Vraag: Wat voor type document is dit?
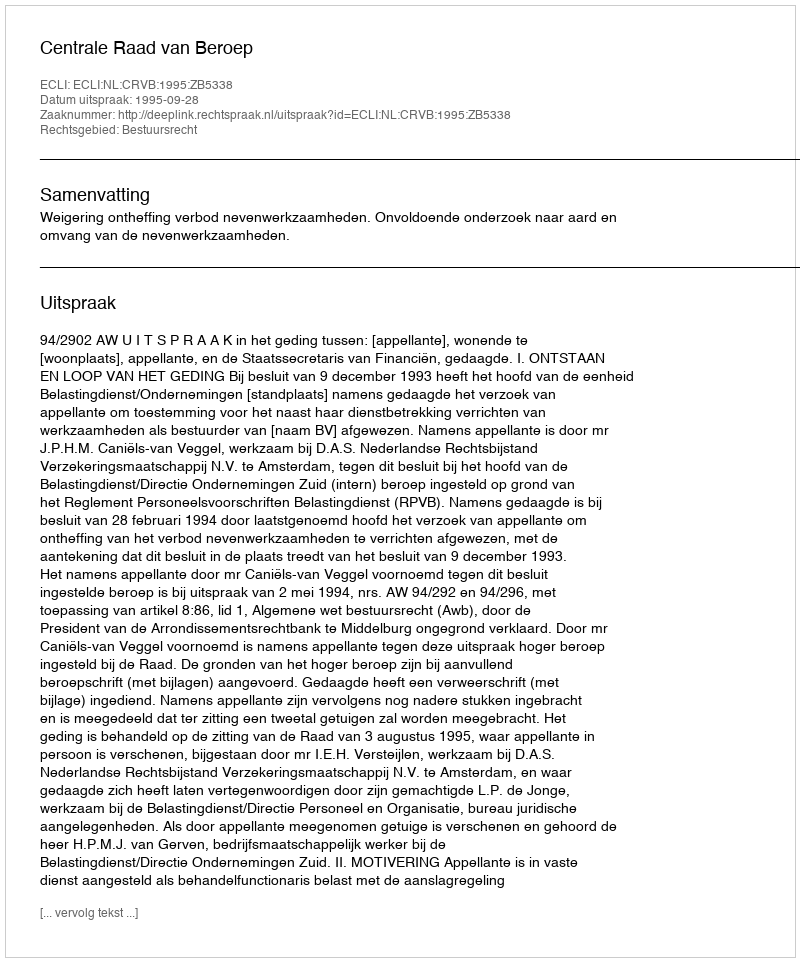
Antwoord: Uitspraak